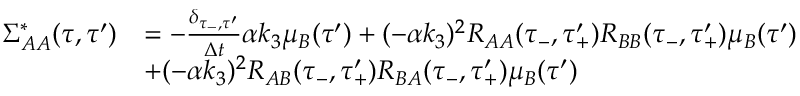
\begin{array} { r l } { \Sigma _ { A A } ^ { * } ( \tau , \tau ^ { \prime } ) } & { = - \frac { \delta _ { \tau _ { - } , \tau ^ { \prime } } } { \Delta t } \alpha k _ { 3 } \mu _ { B } ( \tau ^ { \prime } ) + ( - \alpha k _ { 3 } ) ^ { 2 } R _ { A A } ( \tau _ { - } , \tau _ { + } ^ { \prime } ) R _ { B B } ( \tau _ { - } , \tau _ { + } ^ { \prime } ) \mu _ { B } ( \tau ^ { \prime } ) } \\ & { + ( - \alpha k _ { 3 } ) ^ { 2 } R _ { A B } ( \tau _ { - } , \tau _ { + } ^ { \prime } ) R _ { B A } ( \tau _ { - } , \tau _ { + } ^ { \prime } ) \mu _ { B } ( \tau ^ { \prime } ) } \end{array}